Scottish Certificate of Education, 1963
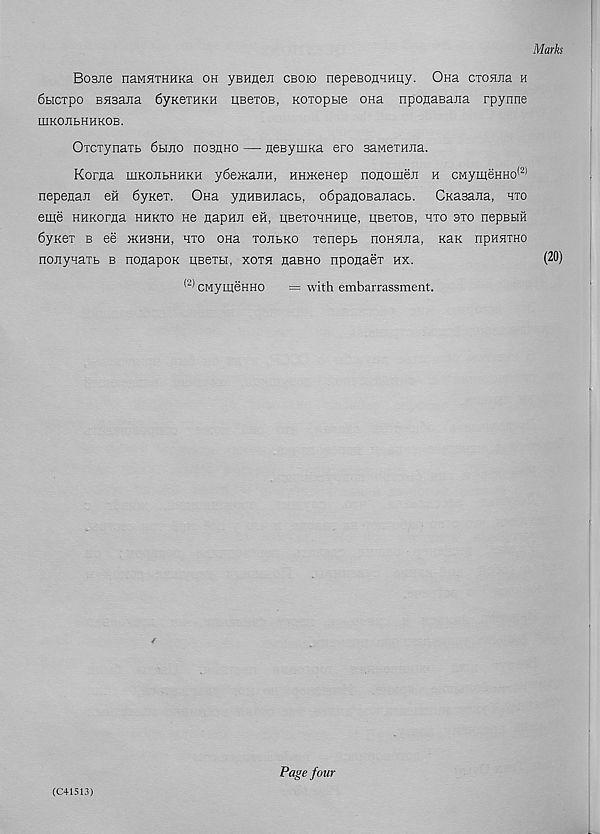
Bosjie naMHTHHKa oh ysHnen cboio nepeBOHHHqy. Ona cxosuia h
6hctpo BHsajia 6yKeTHKH useTOB, Koiopbie OHa nponaBana rpynne
EJKOUBHHKOB.
OxcTynaTb 6biJio itoshho — neBymKa ero BaweTHna.
Korna hikojibkhkh y6e>KajiH, HH>KeHep nonomen h cMymeHHO (2)
nepenan en 6yKex. Ona ynnBHJi;act, o6panoBajiacb. CKasana, hto
eiqe HHKorna hhkto ne napHJi eii, HBeiOHHHue, HBexos, hxo axo nepBHH
6yKex b ee >KH3HH, hxo OHa xojibko xenepb noHHna, KaK npHHTHO
nojiynaib b nonapoK kboxh, xoxh naBHO nponaex hx.
(2 * CMymeHHO
= with embarrassment.
(C41513)
four